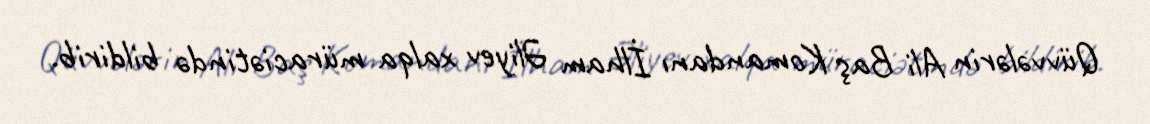
Qüvvələrin Ali Baş Komandanı İlham Əliyev xalqa müraciətində bildirib.